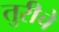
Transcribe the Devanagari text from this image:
तुरीचे